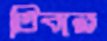
তিবার